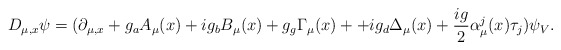
\begin{align*} D_{\mu,x}\psi=(\partial_{\mu,x}+g_{a}A_{\mu}(x)+ig_{b}B_{\mu}(x)+g_{g}\Gamma_{\mu}(x)+ +ig_{d}\Delta_{\mu}(x)+\frac{ig}{2}\alpha^{j}_{\mu}(x)\tau_{j})\psi_{V}.\end{align*}